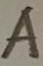
Text: A